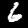
Digit: 6